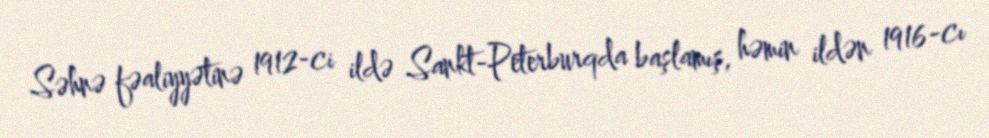
Səhnə fəaliyyətinə 1912-ci ildə Sankt-Peterburqda başlamış, həmin ildən 1916-cı